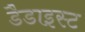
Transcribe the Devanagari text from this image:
डैडाइस्ट